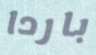
باردا